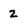
Character: 2